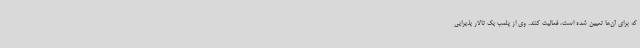
که برای آن‌ها تعیین‌ شده است، فعالیت کنند. وی از پلمب یک تالار پذیرایی